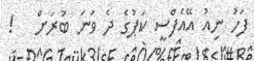
ފަހު ނިއު އޭއެފްސީ ކަޕުގެ ދެ ވަނަ ބުރަށް   !